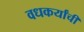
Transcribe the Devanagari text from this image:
वधकर्यांची